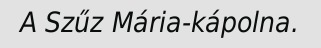
A Szűz Mária-kápolna.